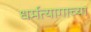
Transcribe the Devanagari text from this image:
धर्मत्यागाच्या